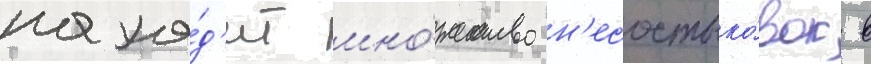
нахо́д'ит мно́жество н'есостыко́вок в